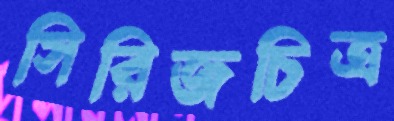
সিরিজচিত্র